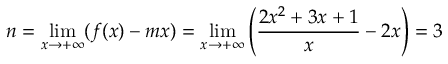
n = \operatorname* { l i m } _ { x \rightarrow + \infty } ( f ( x ) - m x ) = \operatorname* { l i m } _ { x \rightarrow + \infty } \left( { \frac { 2 x ^ { 2 } + 3 x + 1 } { x } } - 2 x \right) = 3